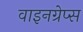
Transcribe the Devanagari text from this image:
वाइनग्रेप्स